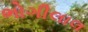
ભોગીલાલ